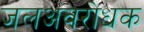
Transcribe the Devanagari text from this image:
जलअवरोधक